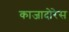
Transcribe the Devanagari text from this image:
काजादोरेस